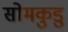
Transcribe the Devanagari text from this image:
सोमकुडु